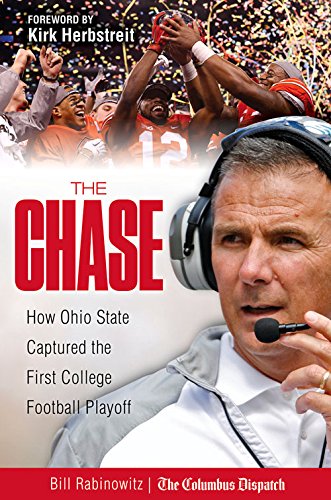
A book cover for The Chase: How Ohio State Captured the First College Football Playoff; Bill Rabinowitz; Sports & Outdoors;